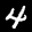
Label: 4